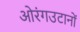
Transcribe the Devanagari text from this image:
ओरंगउटानों